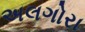
અલગોરા